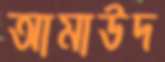
আমাউদ